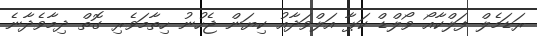
ރަޑަމެލް ފަލްކާއޯ ވޯލްޑް ކަޕާ އަލްވަދާއު ކިޔަން ޖެހުނު ހިތާމަވެރި ގޮތް ދިމާވެދާނެ